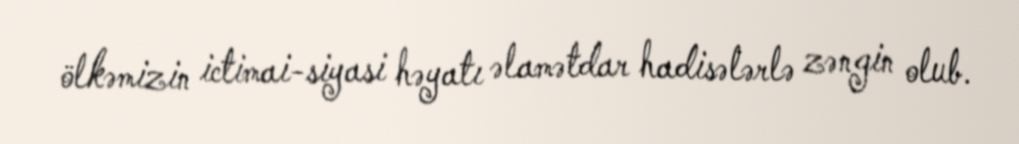
ölkəmizin ictimai-siyasi həyatı əlamətdar hadisələrlə zəngin olub.